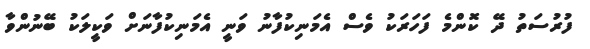
ފުރުސަތު ދޭ ކޮންމެ ފަހަރަކު ވެސް އެމަނިކުފާނު ވަނީ އެމަނިކުފާނަށް ވަކީލަކު ބޭނުންވާ